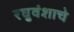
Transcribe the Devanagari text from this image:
रघुवंशाचे